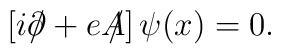
\left[i\partial \!\!\!/ + eA\!\!\!/\right]\psi(x)=0.